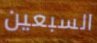
السبعين